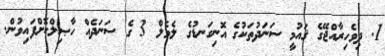
1. ދިވެހިރާއްޖޭގެ ޤައުމީ ސަނަދުތަކުގެ އޮނިގަނޑުގެ ލެވެލް 3 ގެ ސަނަދެއް ހާޞިލްކޮށްފައިވުން.